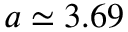
a \simeq 3 . 6 9